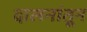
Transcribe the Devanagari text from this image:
दालनांतून